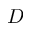
D